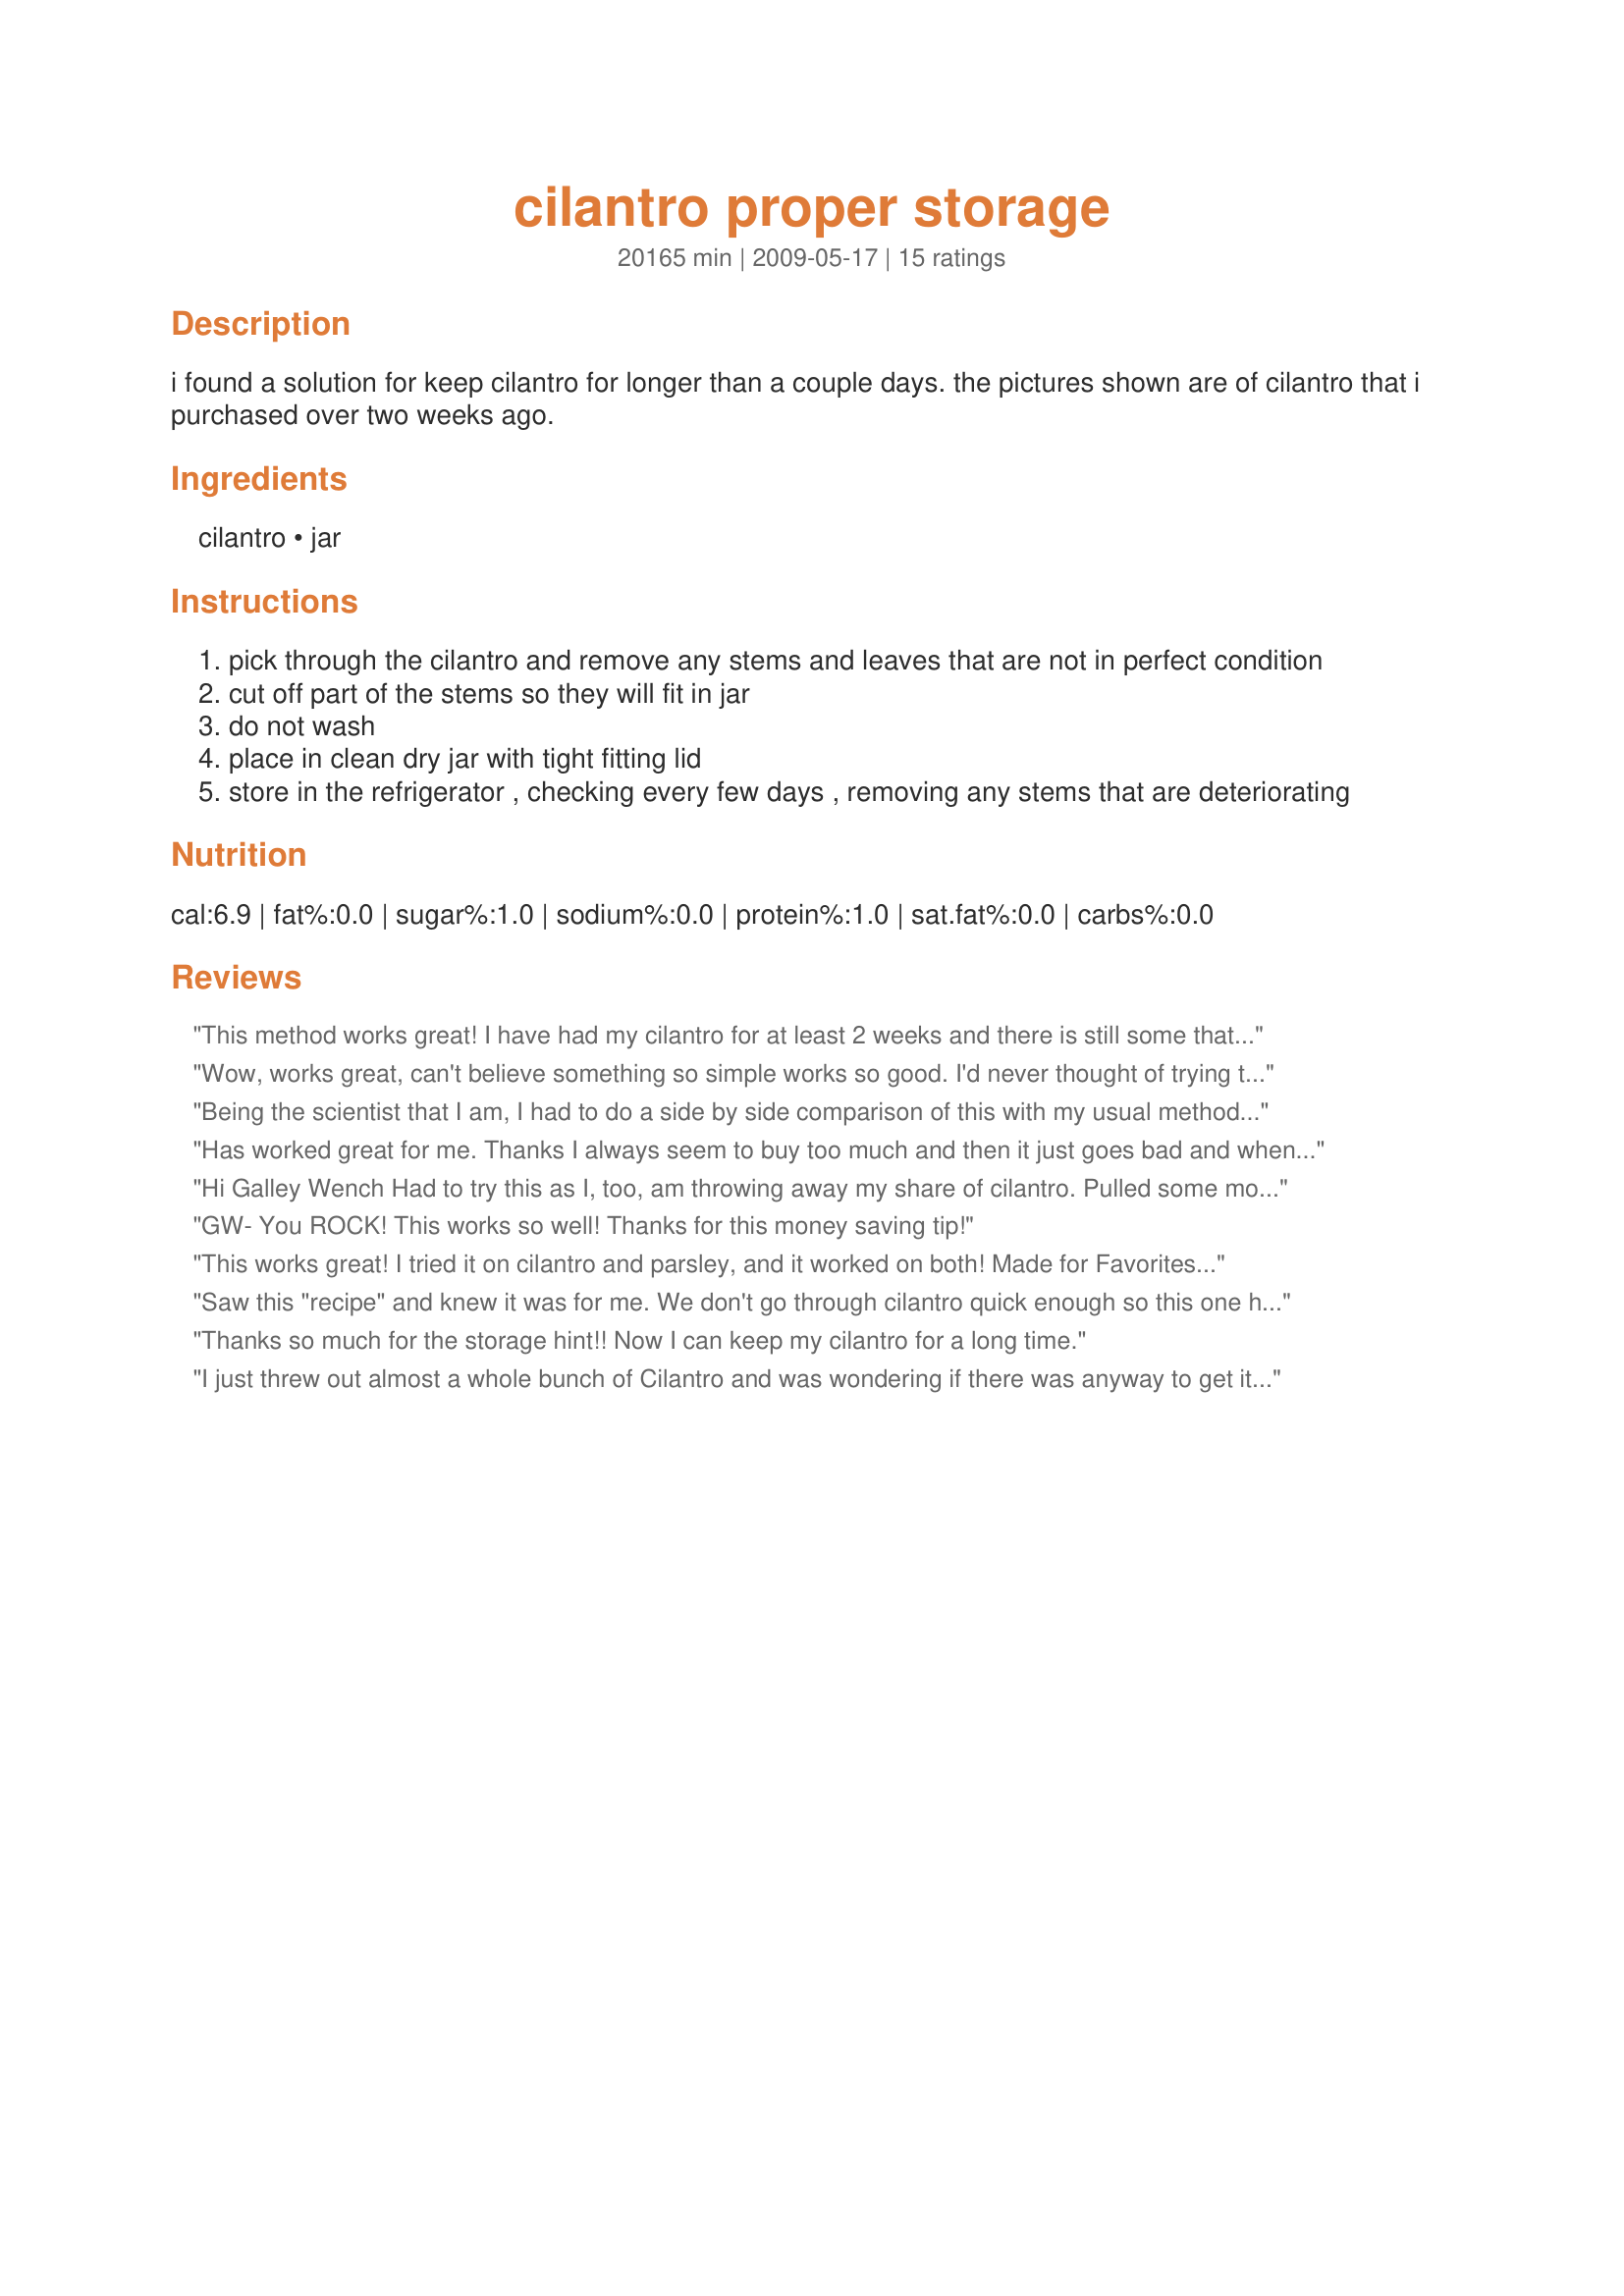
cilantro proper storage
Preparation time: 20165 minutes

i found a solution for keep cilantro for longer than a couple days. the pictures shown are of cilantro that i purchased over two weeks ago.

Ingredients:
cilantro, jar

Steps:
pick through the cilantro and remove any stems and leaves that are not in perfect condition
cut off part of the stems so they will fit in jar
do not wash
place in clean dry jar with tight fitting lid
store in the refrigerator , checking every few days , removing any stems that are deteriorating

Reviews:
This method works great! I have had my cilantro for at least 2 weeks and there is still some that's fresh. I do have to check occasionally to take out any yellowed or brown leaves. Thanks for the great idea Diana! I will be using this way from now on! :)
Wow, works great, can't believe something so simple works so good. I'd never thought of trying this and I'm always throwing out cilantro. As much as we use it (love the stuff) just couldn't use a whole bunch. Thanks GW for a great idea.
Being the scientist that I am, I had to do a side by side comparison of this with my usual method of storage (kept enclosed in a plastic produce bag). I checked/used them with the same frequency and found both methods to yield comparable results. They both lasted (and smelled fresh) for 3 weeks, following the directions to remove any yellowing or rotting stems/leaves along the way. We get very fresh produce here, so I am not sure if this method would make more of a difference if the cilantro you purchased weren't as fresh.
Has worked great for me. Thanks I always seem to buy too much and then it just goes bad and when I need it it's not there! Made for I Recommend Tag
Hi Galley Wench

Had to try this as I, too, am throwing away my share of cilantro. Pulled some more out of the jar last night and realized that It had been stored almost 10 days. No rotten leaves yet--just fresh and delicious.

will try with other herbs as I get them--especially as basil comes into season.

Thanks
Judy in WA
GW- You ROCK! This works so well! Thanks for this money saving tip!
This works great! I tried it on cilantro and parsley, and it worked on both! Made for Favorites of 2009 Tag game...thanks to Marramamba for putting it in your cookbook!
Saw this "recipe" and knew it was for me. We don't go through cilantro quick enough so this one helps alot. Thanks for letting everybody know. Mine kept almost 2 weeks.
Thanks so much for the storage hint!! Now I can keep my cilantro for a long time.
I just threw out almost a whole bunch of Cilantro and was wondering if there was anyway to get it to last longer because it spoils so quickly. I am so glad to find your posting. Thank you!!! I am going to purchase some more Cilantro tomorrow and give it a try.
Brilliant! I have never found a way to keep cilantro for more than a few days and oftentimes end up adding it to our compost pile. Not any more. I followed your instructions and now have fresh cilantro on hand and have had for at least 1 week and still going strong. Cannot thank you enough. {^.^}
fabulous storage recipe, it has saved me so much coriander and works beautifully. Took 4 weeks for mine to go bad!
thank you great idea
This works great. A friend of mine told me about your post, so I tried it. This is going to save me a lot of trips to the market for fresh cilantro. Thanks!
So very glad I happened upon this cilantro storage method! I keep cilantro on hand at all times, and even using it as often as I do, over 1/2 the bunch typically ends up being thrown out due to wilting/yellowing. I've had my jar going for about a week now and and it still looks and smells fresh and beautiful! Each time I need to use some, I just go ahead and pick through and discard the few stems that are failing. Thank you for sharing this method!
Update: my first jar kept for just over a month!!! Granted, on my last use there were several stems that needed discarding, but of the still green stems, they remained fragrant and fresh tasting. Over a month!! Amazing!
